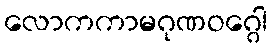
လောကကာမဂုဏဝဂ္ဂေါ